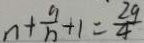
n + \frac { 9 } { n } + 1 = \frac { 2 9 } { 4 }